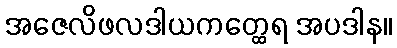
အဇေလိဖလဒါယကတ္ထေရ အပဒါန။